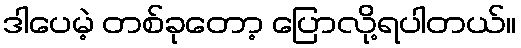
ဒါပေမဲ့ တစ်ခုတော့ ပြောလို့ရပါတယ်။